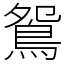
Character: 鴛